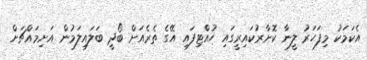
އެކަމަކު މިފަހަރު ލީނާ ކޮށާރުކައިރީގައި ހުއްޓިފައި އޭގެ ތެރެއަށް ބޯދީ ބަލައިލަމުން އަށިމައްޗަށް